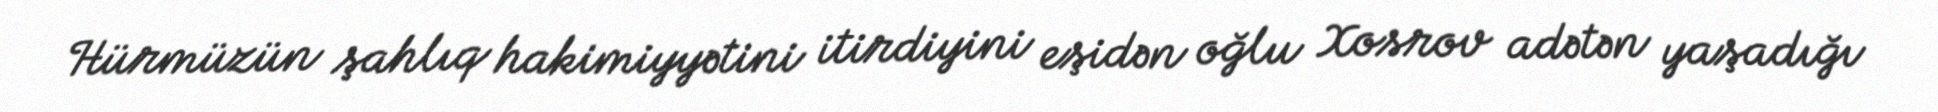
Hürmüzün şahlıq hakimiyyətini itirdiyini eşidən oğlu Xosrov adətən yaşadığı